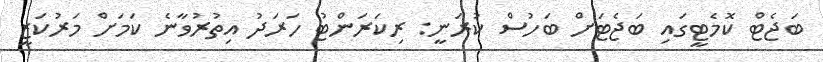
ބަޖެޓް ކޮމެޓީގައި ބަޖެޓަށް ބަހުސް ކުރަނީ: ރިކަރަންޓު ހަރަދު އިތުރުވާނެ ކަމަށް މަރުކަޒީ